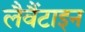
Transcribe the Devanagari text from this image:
लैवैंटाइन